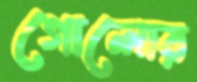
গোলোর